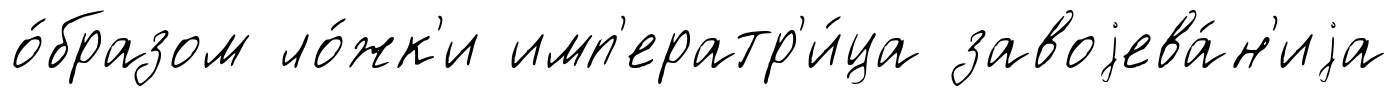
о́бразом ло́жк'и имп'ератр'и́ца завоjева́н'иjа